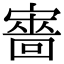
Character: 𡫆